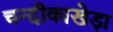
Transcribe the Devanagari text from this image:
चन्दीकाखेड़ा